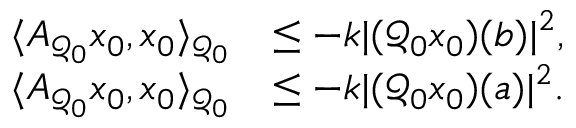
\begin{array} { r l } { \langle A _ { \mathcal { Q } _ { 0 } } x _ { 0 } , x _ { 0 } \rangle _ { \mathcal { Q } _ { 0 } } } & { \leq - k | ( \mathcal { Q } _ { 0 } x _ { 0 } ) ( b ) | ^ { 2 } , } \\ { \langle A _ { \mathcal { Q } _ { 0 } } x _ { 0 } , x _ { 0 } \rangle _ { \mathcal { Q } _ { 0 } } } & { \leq - k | ( \mathcal { Q } _ { 0 } x _ { 0 } ) ( a ) | ^ { 2 } . } \end{array}